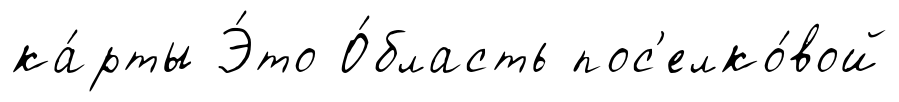
ка́рты Э́то О́бласть пос'елко́вой